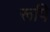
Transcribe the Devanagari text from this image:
रूपि